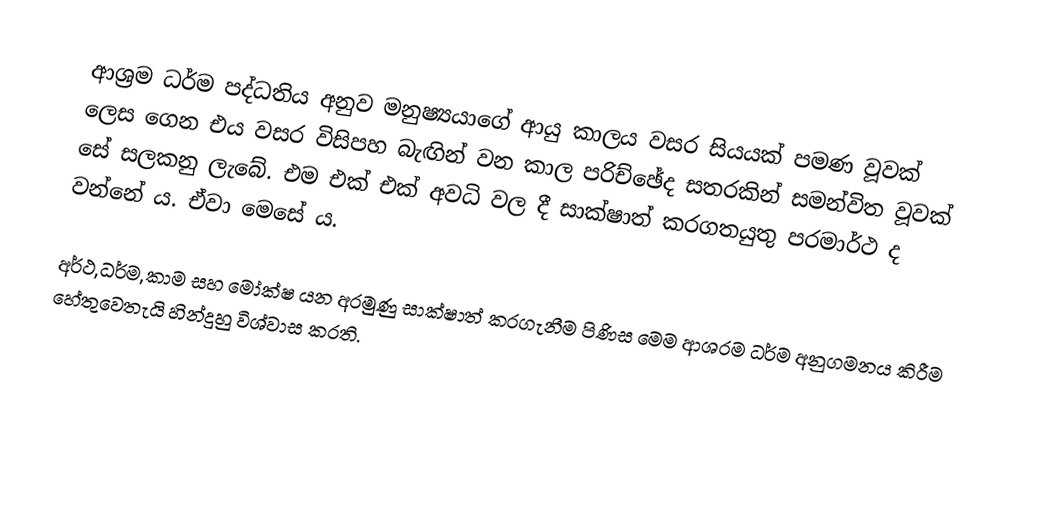
ආශ‍්‍රම ධර්ම පද්ධතිය අනුව මනුෂ්‍යයාගේ ආයු කාලය වසර සියයක් පමණ වූවක් ලෙස ගෙන  එය වසර විසිපහ බැඟින් වන කාල පරිච්ඡේද සතරකින් සමන්විත වූවක් සේ සලකනු ලැබේ. එම එක් එක් අවධි වල දී සාක්ෂාත් කරගතයුතු පරමාර්ථ ද වන්නේ ය. ඒවා මෙසේ ය.

අර්ථ,ධර්ම,කාම සහ මෝක්ෂ යන අරමුණු සාක්ෂාත් කරගැනීම පිණිස මෙම ආශ‍්‍රම ධර්ම අනුගමනය කිරීම හේතුවෙතැයි හින්දුහු විශ්වාස කරති.